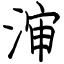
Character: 渖